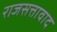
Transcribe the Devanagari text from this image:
राजसत्तावाद